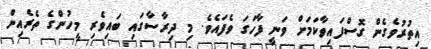
އިތުރުވެގެން ގޮސްފައިވާކަމަށް ވަނީ ފާހަގަ ވެފައެވެ. މި ދިރާސާގައި ބައިވެރި މީހުންގެ ތެރެއިން